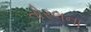
તોરલના